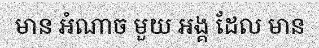
មាន អំណាច មួយ អង្គ ដែល មាន